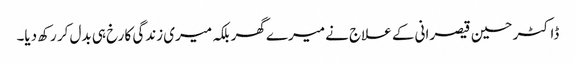
ڈاکٹر حسین قیصرانی کے علاج نے میرے گھر بلکہ میری زندگی کا رخ ہی بدل کر رکھ دیا۔